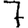
Digit: 7